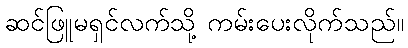
ဆင်ဖြူမရှင်လက်သို့ ကမ်းပေးလိုက်သည်။